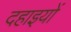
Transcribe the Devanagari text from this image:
दहाइयों